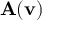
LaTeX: \mathbf { A } ( \mathbf { v } )